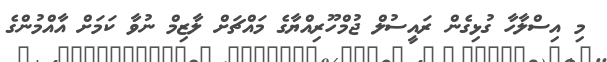
މި އިސްލާހާ ގުޅިގެން ރައީސުލް ޖުމްހޫރިއްޔާގެ މައްޗަށް ލާޒިމް ނުވާ ކަމަށް އާއްމުންގެ